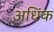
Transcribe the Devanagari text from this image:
अधिंक